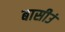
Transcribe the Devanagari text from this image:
बासीउं